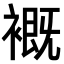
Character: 𧜳